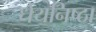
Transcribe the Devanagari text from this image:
धेयनिष्ठा